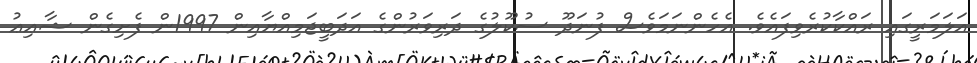
އަލަމަރީގައި ރައްކާކުރެވިފައެވެ. އެހެންނަމަވެސް ފުނަދޫ ސުކޫލުގެ ދަރިވަރުންގެ އަދަބީޖަމިއްޔާއިން 1997ން ފެށިގެން ޝާޢިޢު